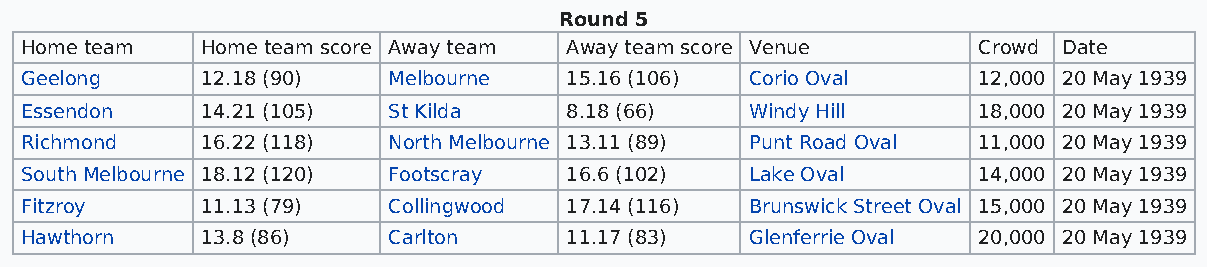
Round 5
 Home team   Home team score Away team Away team score Venue     Crowd Date
 Geelong     12.18 (90)   Melbourne  15.16 (106)  Corio Oval     12,000 20 May 1939
 Essendon    14.21 (105)  St Kilda   8.18 (66)    Windy Hill     18,000 20 May 1939
 Richmond    16.22 (118)  North Melbourne 13.11 (89) Punt Road Oval 11,000 20 May 1939
 South Melbourne 18.12 (120) Footscray 16.6 (102) Lake Oval      14,000 20 May 1939
 Fitzroy     11.13 (79)   Collingwood 17.14 (116) Brunswick Street Oval 15,000 20 May 1939
 Hawthorn    13.8 (86)    Carlton    11.17 (83)   Glenferrie Oval 20,000 20 May 1939